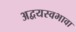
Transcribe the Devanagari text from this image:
अद्वयस्वभावा